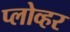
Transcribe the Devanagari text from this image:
प्लोव्हर